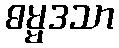
ဓမ္မဒသာ